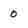
Character: 0